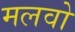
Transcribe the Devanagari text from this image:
मलवो